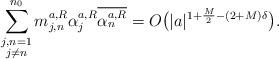
LaTeX: \begin{align*}\sum_{\substack{j,n=1 \\ j\neq n}}^{n_0}m_{j,n}^{a,R}\alpha_j^{a,R} \overline{\alpha_n^{a,R}} = O\big(|a|^{1+\frac M2-(2+M)\delta}\big).\end{align*}